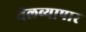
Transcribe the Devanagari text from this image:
तेलव्यापार